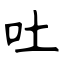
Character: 吐